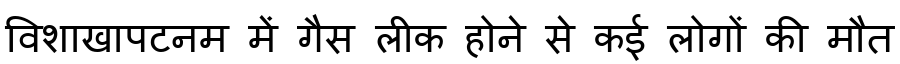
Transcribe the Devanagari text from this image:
विशाखापटनम में गैस लीक होने से कई लोगों की मौत